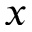
x